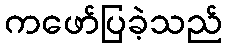
ကဖော်ပြခဲ့သည်